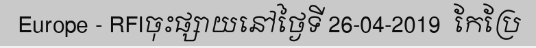
Europe - RFIចុះផ្សាយនៅថ្ងៃទី 26-04-2019  កែប្រែ